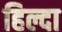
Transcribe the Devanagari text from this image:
हिल्दा